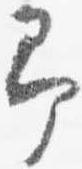
即